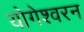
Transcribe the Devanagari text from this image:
योगेश्वरन